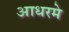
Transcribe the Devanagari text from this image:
आधरमे